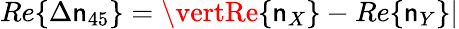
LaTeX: Re\{ \Delta\mathsf{n}_{45}\} =\vertRe\{ \mathsf{n}_{X}\} -Re\{ \mathsf{n}_{Y}\} \vert